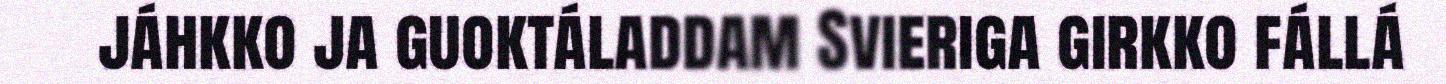
jáhkko ja guoktáladdam Svieriga girkko fállá